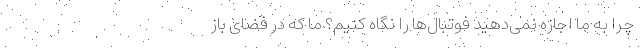
چرا به ما اجازه نمی‌دهید فوتبال‌ها را نگاه کنیم؟ ما که در فضای باز